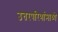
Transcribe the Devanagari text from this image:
उत्तरपरिणांमाध्ये